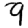
Digit: 9